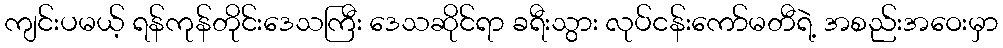
ကျင်းပမယ့် ရန်ကုန်တိုင်းဒေသကြီး ဒေသဆိုင်ရာ ခရီးသွား လုပ်ငန်းကော်မတီရဲ့ အစည်းအဝေးမှာ